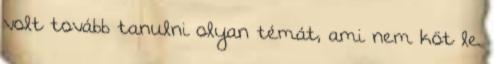
volt tovább tanulni olyan témát, ami nem köt le.